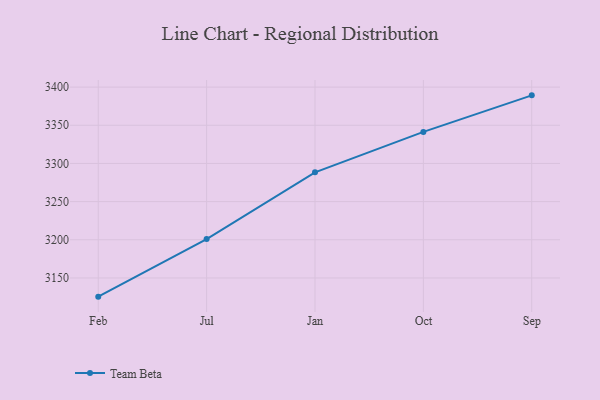
{"axis": {"x": "Month", "y": "Population (Million)"}, "legend": ["Team Beta"], "data": [{"x": "Feb", "y": 3125.5, "type": "Team Beta"}, {"x": "Jul", "y": 3200.9, "type": "Team Beta"}, {"x": "Jan", "y": 3288.3, "type": "Team Beta"}, {"x": "Oct", "y": 3341.3, "type": "Team Beta"}, {"x": "Sep", "y": 3389.2, "type": "Team Beta"}]}